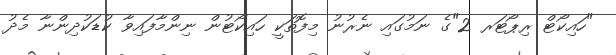
"ހައިކޯޓް ރިޕޯޓަރ 2"ގެ ނަމުގައި ނެރުނު މިފޮތަކީ ހައިކޯޓުން ނިންމާފައިވާ ކުޑަކުދިންނާ މެދު